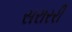
સરારરી